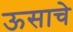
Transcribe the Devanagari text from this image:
ऊसाचे